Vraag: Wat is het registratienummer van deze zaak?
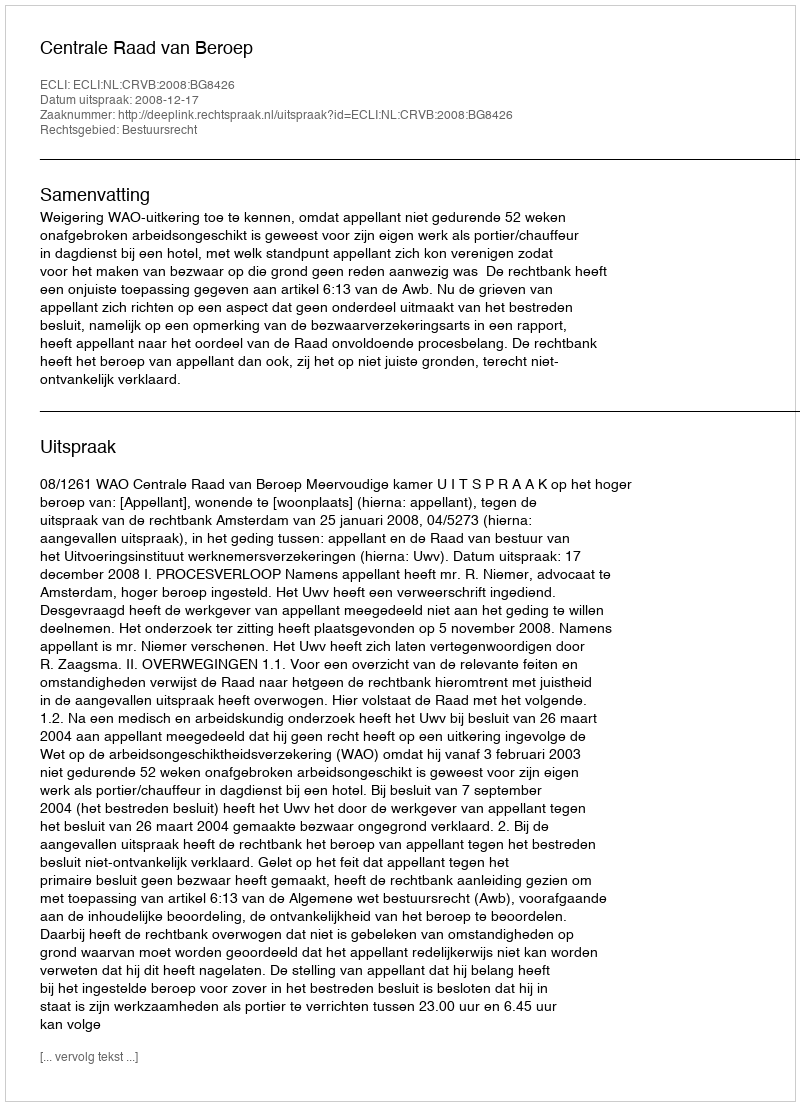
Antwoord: http://deeplink.rechtspraak.nl/uitspraak?id=ECLI:NL:CRVB:2008:BG8426